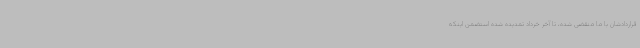
قراردادشان با ما منقضی شده، تا آخر خرداد تمدیده شده استضمن اینکه